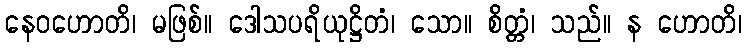
နေဝဟောတိ၊ မဖြစ်။ ဒေါသပရိယုဋ္ဌိတံ၊ သော။ စိတ္တံ၊ သည်။ န ဟောတိ၊